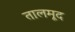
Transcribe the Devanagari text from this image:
तालमूद